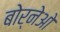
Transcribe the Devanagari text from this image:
बोर्नेओ